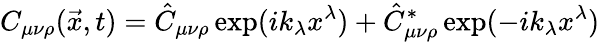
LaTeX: C_{\mu\nu\rho}(\vec{x},t)=\hat{C}_{\mu\nu\rho}\exp(ik_{\lambda}x^{\lambda})+\hat{C}_{\mu\nu\rho}^{*}\exp(-ik_{\lambda}x^{\lambda})